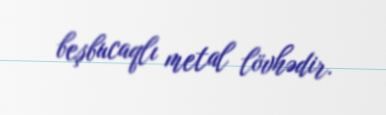
beşbucaqlı metal lövhədir.